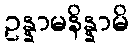
ဥန္နာမနိန္နာမိ